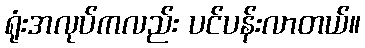
ရုံးအလုပ်ကလည်း ပင်ပန်းလာတယ်။